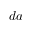
d a